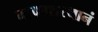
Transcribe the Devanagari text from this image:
माकाशस्थानं